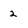
Character: 2